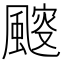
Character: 䬒